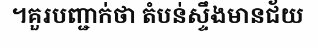
។គួរបញ្ជាក់ថា តំបន់ស្ទឹងមានជ័យ